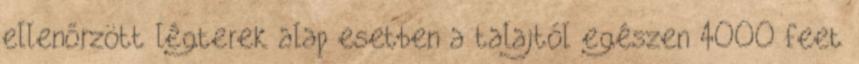
ellenőrzött légterek alap esetben a talajtól egészen 4000 feet